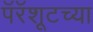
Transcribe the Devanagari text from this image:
पॅरॅशूटच्या